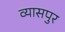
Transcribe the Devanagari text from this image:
व्‍यासपुर